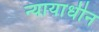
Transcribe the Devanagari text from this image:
न्यायाधीन